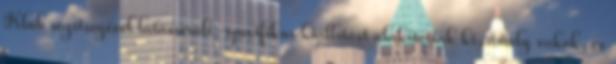
Klub segítségével látássérült-specifikus kiállítást alakítottak ki, amely vakok, és